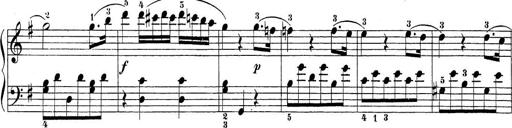
Title: Sonatina Album
Composer: Louis KÃ¶hler